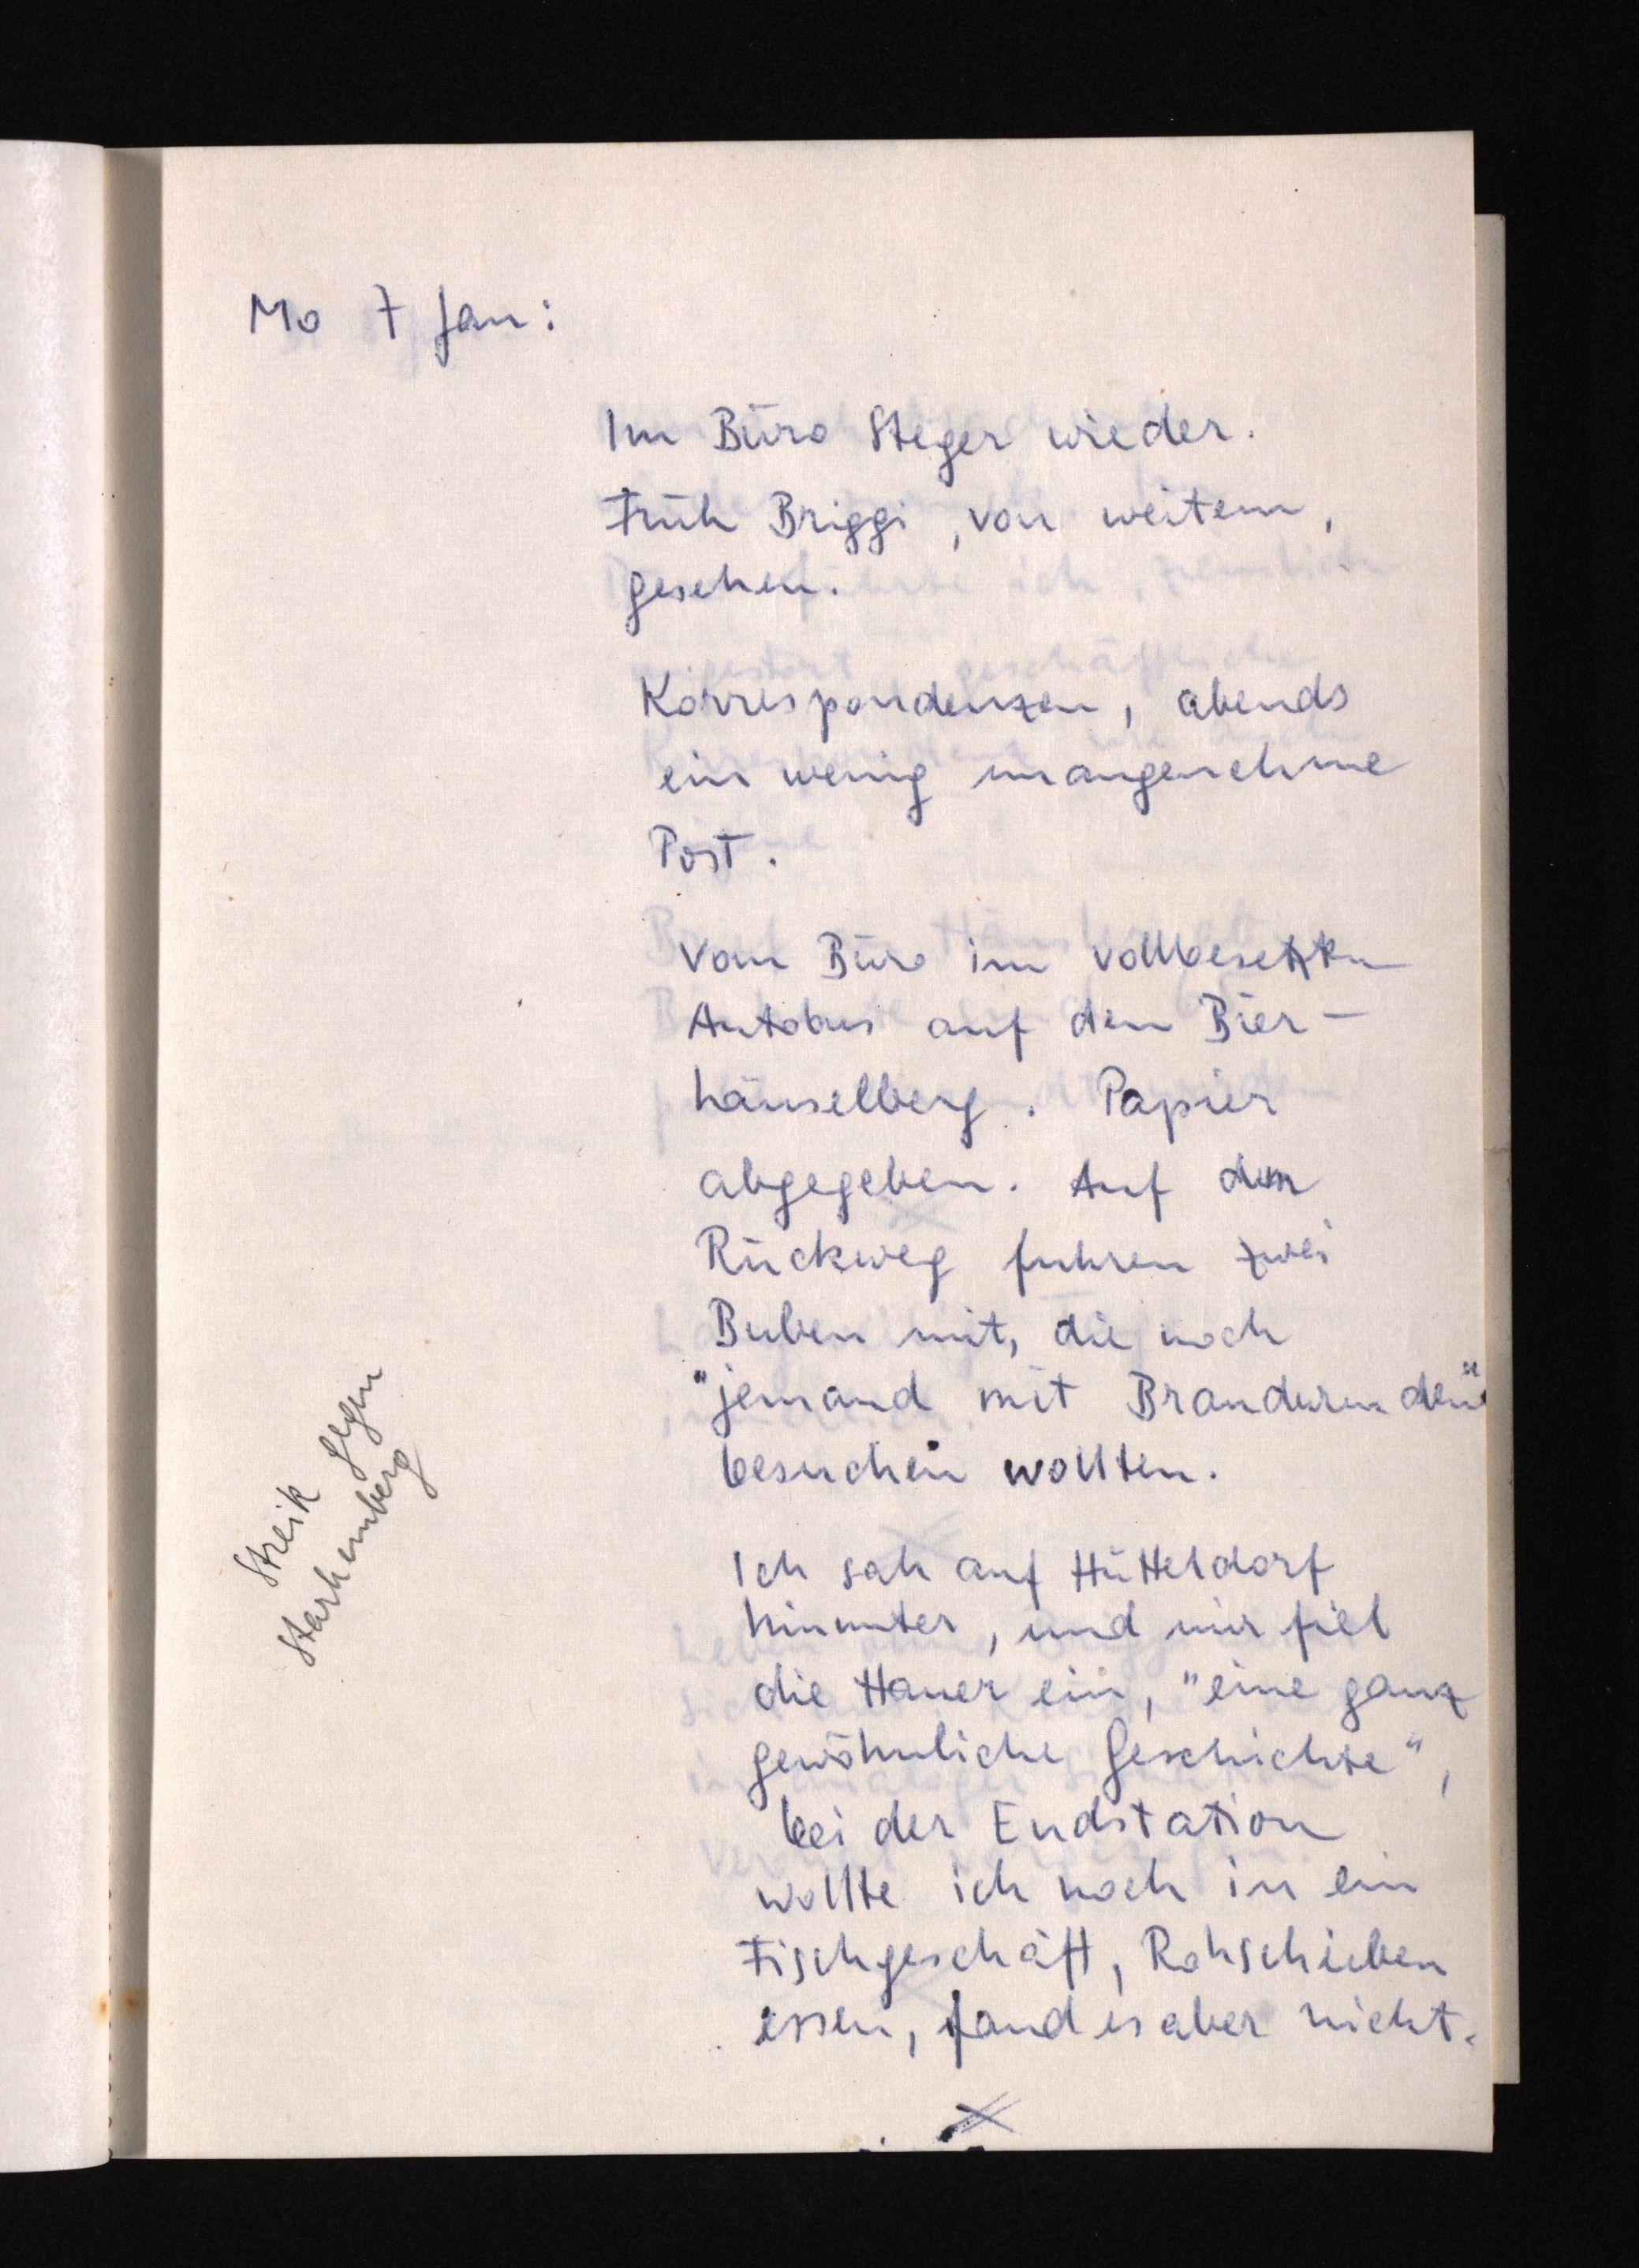
Mo 7 Jan:
Im Büro Steger wieder.
Früh Briggi, von weitem,
gesehen.
Korrespondenzen, abends
ein wenig unangenehme
Post.
Vom Büro im vollbesetzten
Autobus auf den Bier¬
häuselberg. Papier
abgegeben. Auf derm
Rückweg fuhren zwei
Buben mit, die noch
"jemand mit Brandwunden"
besuchen wollten.
Ich sah auf Hütteldorf
hinunter, und mir fiel
die Hauer ein, "eine ganz
gewöhnliche Geschichte",
bei der Endstation
wollte ich noch in ein
Fischgeschäft, Rohscheiben
essen, fand es aber nicht.

Streik gegen
Starhemberg